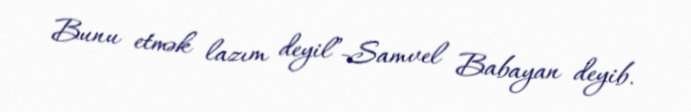
Bunu etmək lazım deyil”-Samvel Babayan deyib.